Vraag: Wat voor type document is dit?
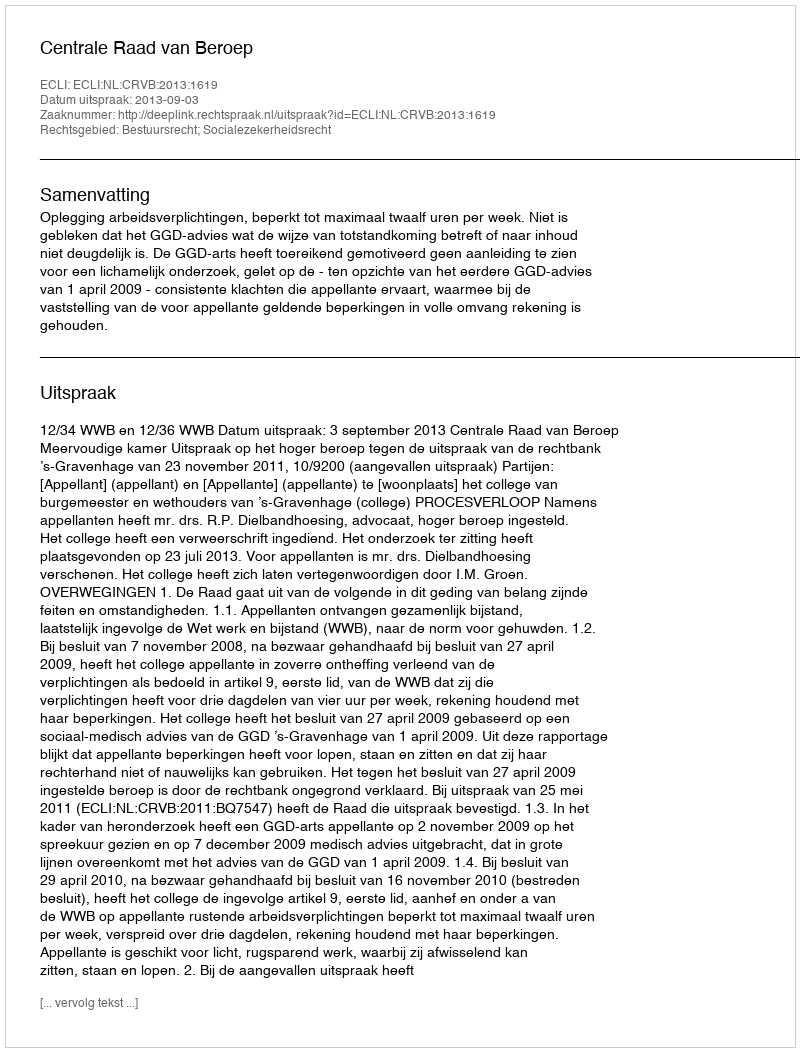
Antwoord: Uitspraak